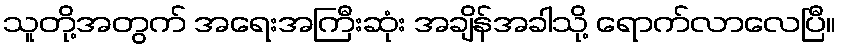
သူတို့အတွက် အရေးအကြီးဆုံး အချိန်အခါသို့ ရောက်လာလေပြီ။